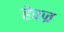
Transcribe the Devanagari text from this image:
हेवज्र